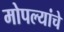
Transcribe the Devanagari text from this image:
मोपल्यांचे